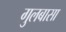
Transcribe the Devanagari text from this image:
गुलबासा